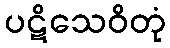
ပဋိသေဝိတုံ